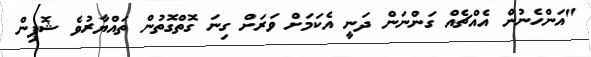
"އަންހެނުން އެއްޗެއް ގަންނަން ދަނީ އެކަމަށް ވަރަށް ގިނަ ގޮތްގޮތުން ތައްޔާރުވެ ޝޮޕިން